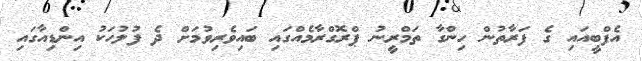
އެފްބީއައި ގެ ފަރާތުން ހިންގާ ތަމްރީނު ޕްރޮގްރާމެއްގައި ބައިވެރިވުމަށް ދެ ފުލުހަކު އިންޑިއާގައި